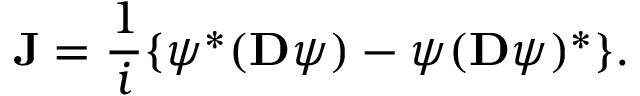
{ \bf J } = \frac { 1 } { i } \{ \psi ^ { * } ( { \bf D } \psi ) - \psi ( { \bf D } \psi ) ^ { * } \} .